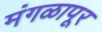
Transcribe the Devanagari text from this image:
मंगळापूर